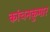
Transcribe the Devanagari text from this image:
कांचनकुमार